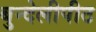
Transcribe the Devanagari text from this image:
बुन्देलीपीठ